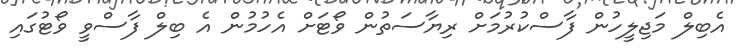
އެބިލް މަޖިލީހުން ފާސްކުރުމަށް ރިޔާސަތުން ވޯޓަށް އެހުމުން އެ ބިލް ފާސްވީ ވޯޓުގައި